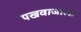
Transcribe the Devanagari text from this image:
पखवाजाला